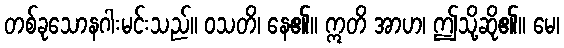
တစ်ခုသောနဂါးမင်းသည်။ ဝသတိ၊ နေ၏။ ဣတိ အာဟ၊ ဤသို့ဆို၏။ မေ၊